Insane asylums in Bengal annual reports 1867-1875 - 1867-1875
Year: 1867
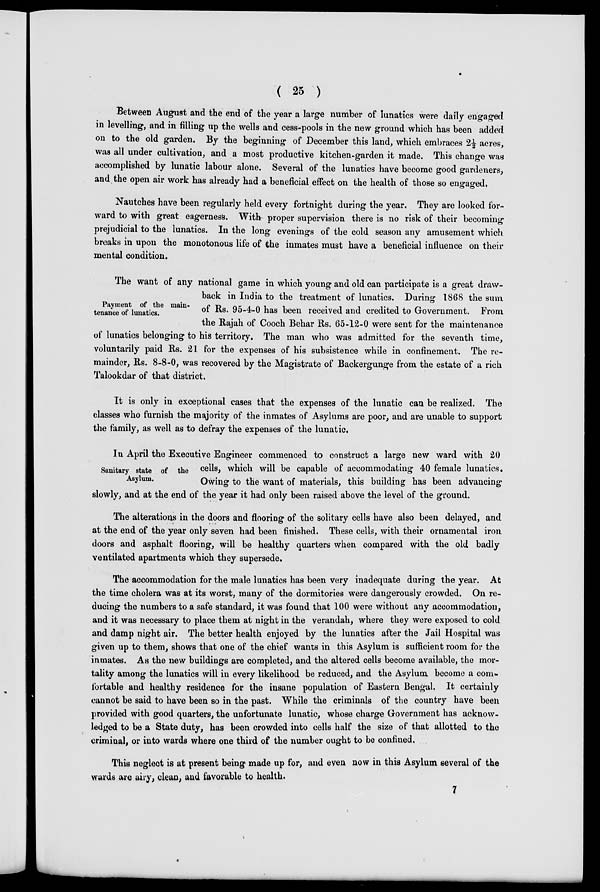
( 25 )
Between August and the end of the year a large number of lunatics were daily engaged
in levelling, and in filling up the wells and cess-pools in the new ground which has been added
on to the old garden. By the beginning of December this land, which embraces 2½ acres,
was all under cultivation, and a most productive kitchen-garden it made. This change was
accomplished by lunatic labour alone. Several of the lunatics have become good gardeners,
and the open air work has already had a beneficial effect on the health of those so engaged.
Nautches have been regularly held every fortnight during the year. They are looked for-
ward to with great eagerness. With proper supervision there is no risk of their becoming
prejudicial to the lunatics. In the long evenings of the cold season any amusement which
breaks in upon the monotonous life of the inmates must have a beneficial influence on their
mental condition.
Payment of the main-
tenance of lunatics.
The want of any national game in which young and old can participate is a great draw-
back in India to the treatment of lunatics. During 1868 the sum
of Rs. 95-4-0 has been received and credited to Government. From
the Rajah of Cooch Behar Rs. 65-12-0 were sent for the maintenance
of lunatics belonging to his territory. The man who was admitted for the seventh time,
voluntarily paid Rs. 21 for the expenses of his subsistence while in confinement. The re-
mainder, Rs. 8-8-0, was recovered by the Magistrate of Backergunge from the estate of a rich
Talookdar of that district.
It is only in exceptional cases that the expenses of the lunatic can be realized. The
classes who furnish the majority of the inmates of Asylums are poor, and are unable to support
the family, as well as to defray the expenses of the lunatic.
Sanitary state of the
Asylum.
In April the Executive Engineer commenced to construct a large new ward with 20
cells, which will be capable of accommodating 40 female lunatics.
Owing to the want of materials, this building has been advancing
slowly, and at the end of the year it had only been raised above the level of the ground.
The alterations in the doors and flooring of the solitary cells have also been delayed, and
at the end of the year only seven had been finished. These cells, with their ornamental iron
doors and asphalt flooring, will be healthy quarters when compared with the old badly
ventilated apartments which they supersede.
The accommodation for the male lunatics has been very inadequate during the year. At
the time cholera was at its worst, many of the dormitories were dangerously crowded. On re-
ducing the numbers to a safe standard, it was found that 100 were without any accommodation,
and it was necessary to place them at night in the verandah, where they were exposed to cold
and damp night air. The better health enjoyed by the lunatics after the Jail Hospital was
given up to them, shows that one of the chief wants in this Asylum is sufficient room for the
inmates. As the new buildings are completed, and the altered cells become available, the mor-
tality among the lunatics will in every likelihood be reduced, and the Asylum become a com¬
fortable and healthy residence for the insane population of Eastern Bengal. It certainly
cannot be said to have been so in the past. While the criminals of the country have been
provided with good quarters, the unfortunate lunatic, whose charge Government has acknow-
ledged to be a State duty, has been crowded into cells half the size of that allotted to the
criminal, or into wards where one third of the number ought to be confined.
This neglect is at present being made up for, and even now in this Asylum several of the
wards are airy, clean, and favorable to health.
7